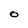
Character: O